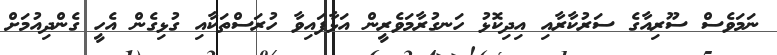
ނަމަވެސް ސޫރިއާގެ ސަރުކާރާއި އިދިކޮޅު ހަނގުރާމަވެރީން އަޅާފައިވާ ހުރަސްތަކާއި ގުޅިގެން އެހީ ގެންދިއުމަށް